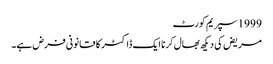
1999 سپریم کورٹ
مریض کی دیکھ بھال کرنا ایک ڈاکٹر کا قانونی فرض ہے۔